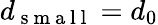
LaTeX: d_{\mathrm{~s~m~a~l~l~}}=d_{0}